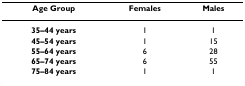
| Age Group | Females | Males |
 | --- | --- | --- |
 | 35–44 years | 1 | 1 |
 | 45–54 years | 1 | 15 |
 | 55–64 years | 6 | 28 |
 | 65–74 years | 6 | 55 |
 | 75–84 years | 1 | 1 |